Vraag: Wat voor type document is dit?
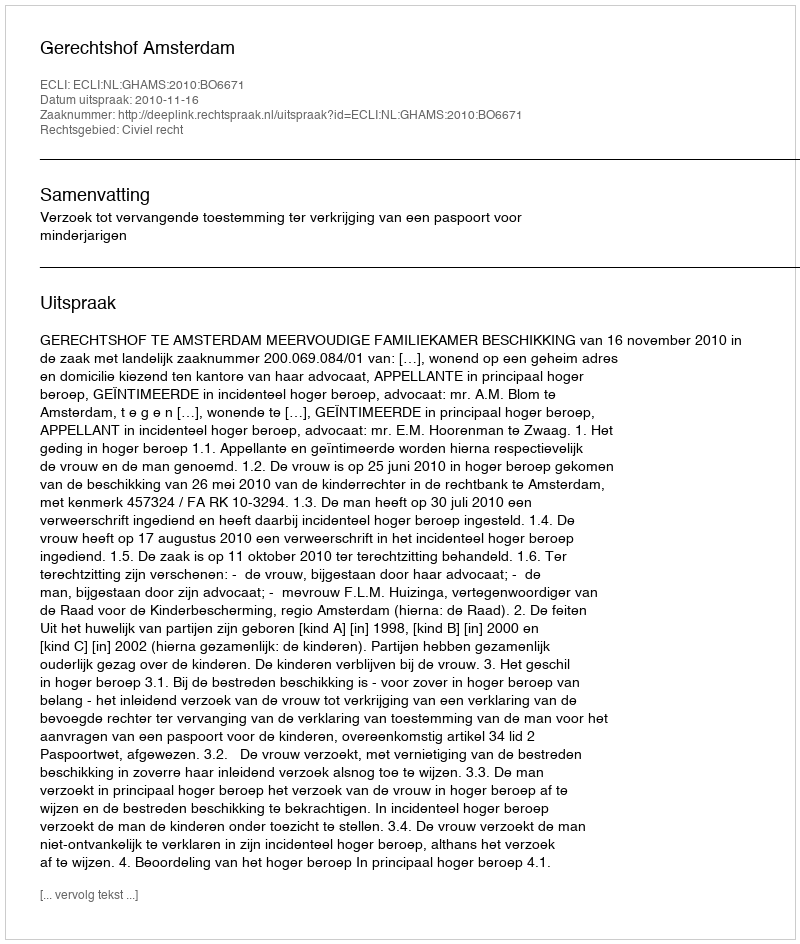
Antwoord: Uitspraak